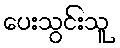
ပေးသွင်းသူ